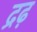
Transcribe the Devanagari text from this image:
द्रढ़